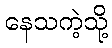
နေသကဲ့သို့